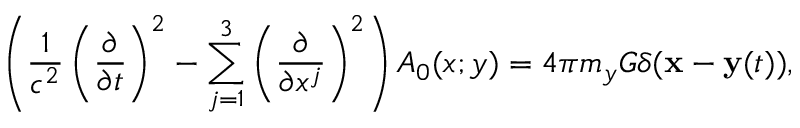
\left( \frac { 1 } { c ^ { 2 } } \left( \frac { \partial } { \partial t } \right) ^ { 2 } - \sum _ { j = 1 } ^ { 3 } \left( \frac { \partial } { \partial x ^ { j } } \right) ^ { 2 } \right) A _ { 0 } ( x ; y ) = 4 \pi m _ { y } G \delta ( { \bf x } - { \bf y } ( t ) ) ,